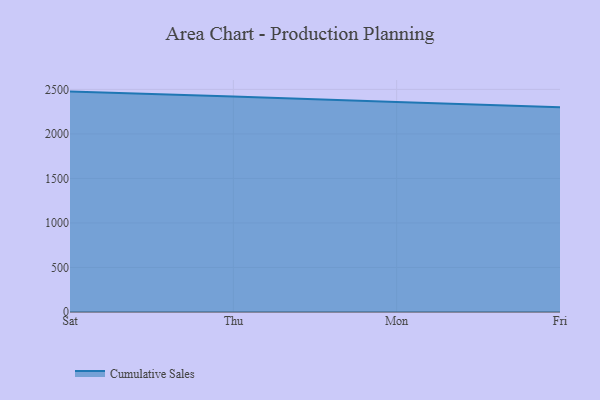
{"axis": {"x": "Day", "y": "Tickets Resolved"}, "legend": ["Cumulative Sales"], "data": [{"x": "Sat", "y": 2475.5, "type": "Cumulative Sales"}, {"x": "Thu", "y": 2421.1, "type": "Cumulative Sales"}, {"x": "Mon", "y": 2358.0, "type": "Cumulative Sales"}, {"x": "Fri", "y": 2301.0, "type": "Cumulative Sales"}]}